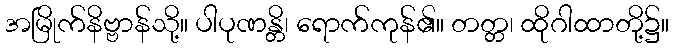
အမြိုက်နိဗ္ဗာန်သို့။ ပါပုဏန္တိ၊ ရောက်ကုန်၏။ တတ္တ၊ ထိုဂါထာတို့၌။